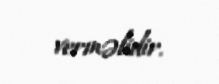
verməlidir.